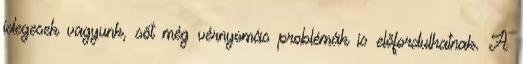
idegesek vagyunk, sőt még vérnyomás problémák is előfordulhatnak. A